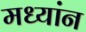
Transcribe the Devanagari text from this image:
मध्यांन